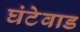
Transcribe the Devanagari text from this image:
घंटेवाड